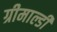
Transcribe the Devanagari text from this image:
ग्रीमाल्डी